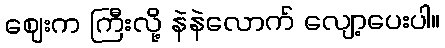
ဈေးက ကြီးလို့ နဲနဲလောက် လျော့ပေးပါ။